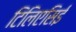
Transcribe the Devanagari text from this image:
टिलिएसिई